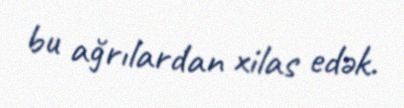
bu ağrılardan xilas edək.